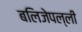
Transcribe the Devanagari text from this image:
बलिजेपल्ली